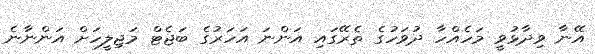
އޭނާ ވިދާޅުވީ މަހެއްހާ ދުވަހުގެ ތެރޭގައި އަންނަ އަހަރުގެ ބަޖެޓް މަޖިލީހަށް އަންނާނެ